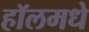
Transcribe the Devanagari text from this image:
हॉलमधे